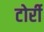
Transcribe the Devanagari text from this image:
टोर्री